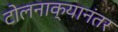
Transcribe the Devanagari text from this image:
टोलनाक्यानंतर